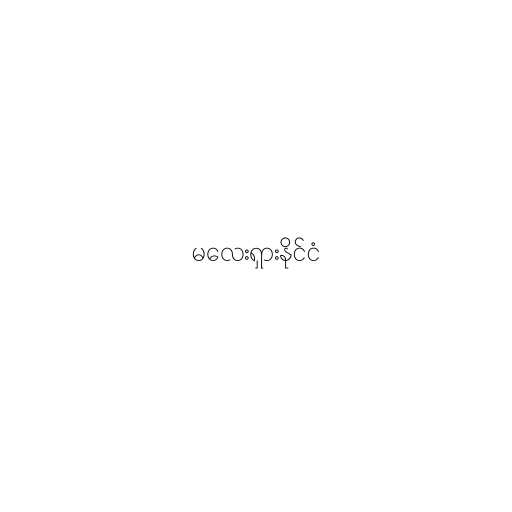
မလေးရှားနိုင်ငံ